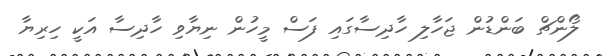
ލޯންޗް ބަންޑުން ޖަހާލި ހާދިސާގައި ފަސް މީހުން ނިޔާވި ހާދިސާ އަކީ ހިރިޔާ